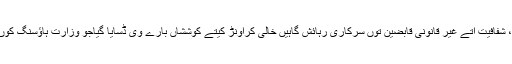
وزیراعظم کوں سرکاری گھراں دی الاتمنٹ دے طریقہ کار، شفافیت اتے غیر قانونی قابضین توں سرکاری رہائش گاہیں خالی کراونڑ کیتے کوششاں بارے وی ڈسایا گیاجو وزارت ہاﺅسنگ کوں مختلف سٹیشنزتے 26 ہزار 700 یونٹ کمی دا سامنڑا اے۔